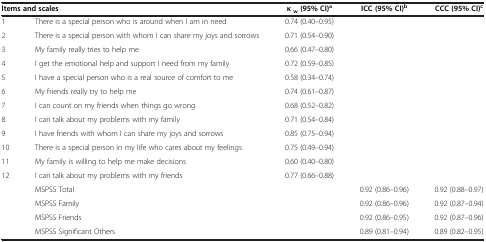
<table><thead><tr><td colspan="2"><b>Items and scales</b></td><td><b>κ <sub>w </sub>(95% CI)<sup>a</sup></b></td><td><b>ICC (95% CI)<sup>b</sup></b></td><td><b>CCC (95% CI)<sup>c</sup></b></td></tr></thead><tbody><tr><td>1</td><td>There is a special person who is around when I am in need</td><td>0.74 (0.40–0.95)</td><td> </td><td> </td></tr><tr><td>2</td><td>There is a special person with whom I can share my joys and sorrows</td><td>0.71 (0.54–0.90)</td><td> </td><td> </td></tr><tr><td>3</td><td>My family really tries to help me</td><td>0.66 (0.47–0.80)</td><td> </td><td> </td></tr><tr><td>4</td><td>I get the emotional help and support I need from my family</td><td>0.72 (0.59–0.85)</td><td> </td><td> </td></tr><tr><td>5</td><td>I have a special person who is a real source of comfort to me</td><td>0.58 (0.34–0.74)</td><td> </td><td> </td></tr><tr><td>6</td><td>My friends really try to help me</td><td>0.74 (0.61–0.87)</td><td> </td><td> </td></tr><tr><td>7</td><td>I can count on my friends when things go wrong</td><td>0.68 (0.52–0.82)</td><td> </td><td> </td></tr><tr><td>8</td><td>I can talk about my problems with my family</td><td>0.71 (0.54–0.84)</td><td> </td><td> </td></tr><tr><td>9</td><td>I have friends with whom I can share my joys and sorrows</td><td>0.85 (0.75–0.94)</td><td> </td><td> </td></tr><tr><td>10</td><td>There is a special person in my life who cares about my feelings</td><td>0.75 (0.49–0.94)</td><td> </td><td> </td></tr><tr><td>11</td><td>My family is willing to help me make decisions</td><td>0.60 (0.40–0.80)</td><td> </td><td> </td></tr><tr><td>12</td><td>I can talk about my problems with my friends</td><td>0.77 (0.66–0.88)</td><td> </td><td> </td></tr><tr><td> </td><td>MSPSS Total</td><td> </td><td>0.92 (0.86–0.96)</td><td>0.92 (0.88–0.97)</td></tr><tr><td> </td><td>MSPSS Family</td><td> </td><td>0.92 (0.86–0.96)</td><td>0.92 (0.87–0.94)</td></tr><tr><td> </td><td>MSPSS Friends</td><td> </td><td>0.92 (0.86–0.95)</td><td>0.92 (0.87–0.96)</td></tr><tr><td> </td><td>MSPSS Significant Others</td><td> </td><td>0.89 (0.81–0.94)</td><td>0.89 (0.82–0.95)</td></tr></tbody></table>